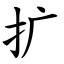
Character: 扩